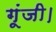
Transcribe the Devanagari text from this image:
गूंजी।